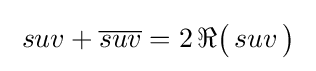
\;suv+{\overline {suv}}=2\,\Re {\mathord {\bigl (}}\,suv\,{\bigr )}\;